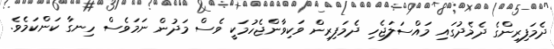
ދެމަފިރިންގެ ދެމެދުގައި މައްސަލަޖެހި ދެމަފިރިން ވަކިވާންޖެހުމަކީ ވެސް މަދުން ނަމަވެސް ހިނގާ ކަންކަމެވެ.